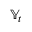
\mathbb { Y } _ { t }